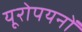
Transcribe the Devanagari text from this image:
यूरोपयनों